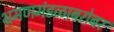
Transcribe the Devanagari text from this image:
भ्रमणमंडळाबरोबर